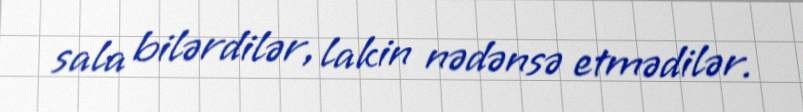
sala bilərdilər, lakin nədənsə etmədilər.